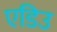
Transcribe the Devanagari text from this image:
एडिउ